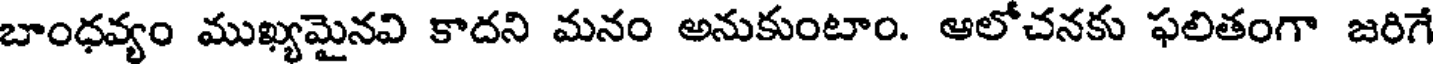
బాంధవ్యం ముఖ్యమైనవి కాదని మనం అనుకుంటాం. ఆలోచనకు ఫలితంగా జరిగే